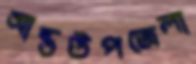
আন্তউপজেলা